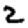
Digit: 2